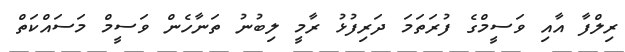
ރިލްފާ އާއި ވަސީމްގެ ފުރަތަމަ ދަރިފުޅު ރާމީ ލިބުނު ތަނާހެން ވަސީމް މަސައްކަތް